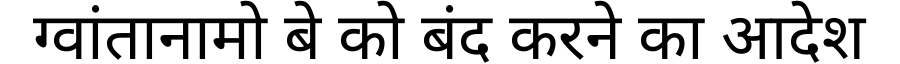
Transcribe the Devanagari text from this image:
ग्वांतानामो बे को बंद करने का आदेश